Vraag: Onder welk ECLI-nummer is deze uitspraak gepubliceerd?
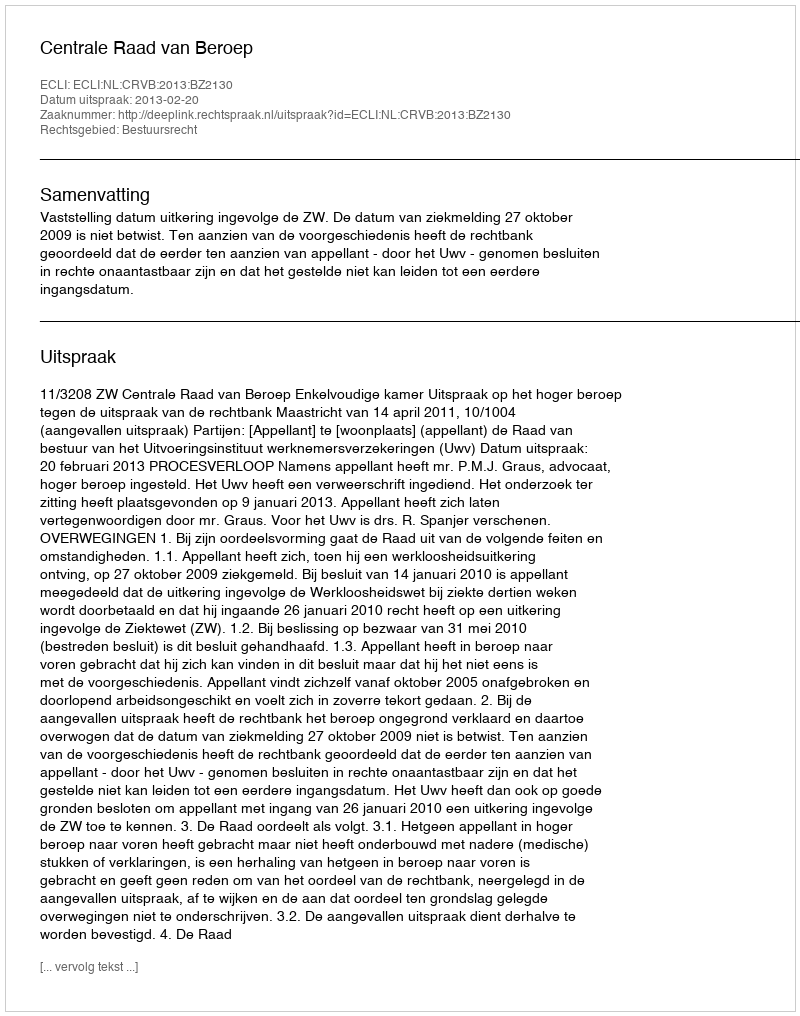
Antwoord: ECLI:NL:CRVB:2013:BZ2130